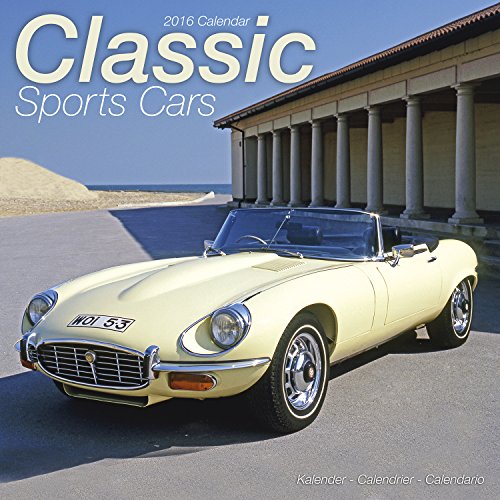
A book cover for Classic Sports Cars Calendar- 2016 Wall calendars - Car Calendar - Automobile Calendar - Monthly Wall Calendar by Avonside; MegaCalendars; Calendars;